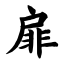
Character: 扉